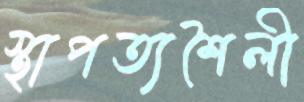
স্থাপত্যশৈলী